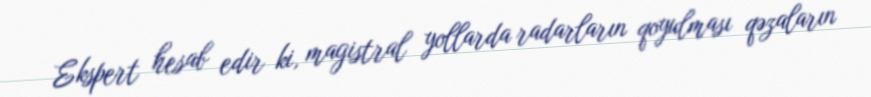
Ekspert hesab edir ki, magistral yollarda radarların qoyulması qəzaların